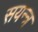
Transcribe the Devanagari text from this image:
सयन्त्र